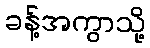
ခန့်အကွာသို့